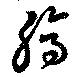
縞